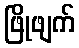
ဖြိုဖျက်